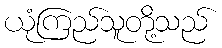
ယုံကြည်သူတို့သည်